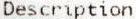
DESCRIPTION